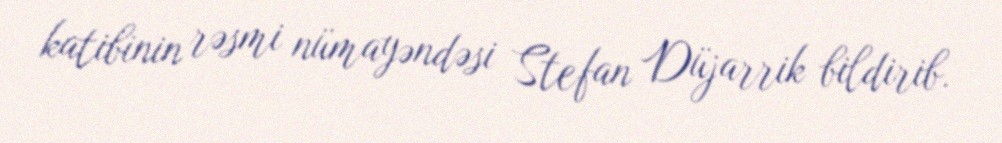
katibinin rəsmi nümayəndəsi Stefan Düjarrik bildirib.